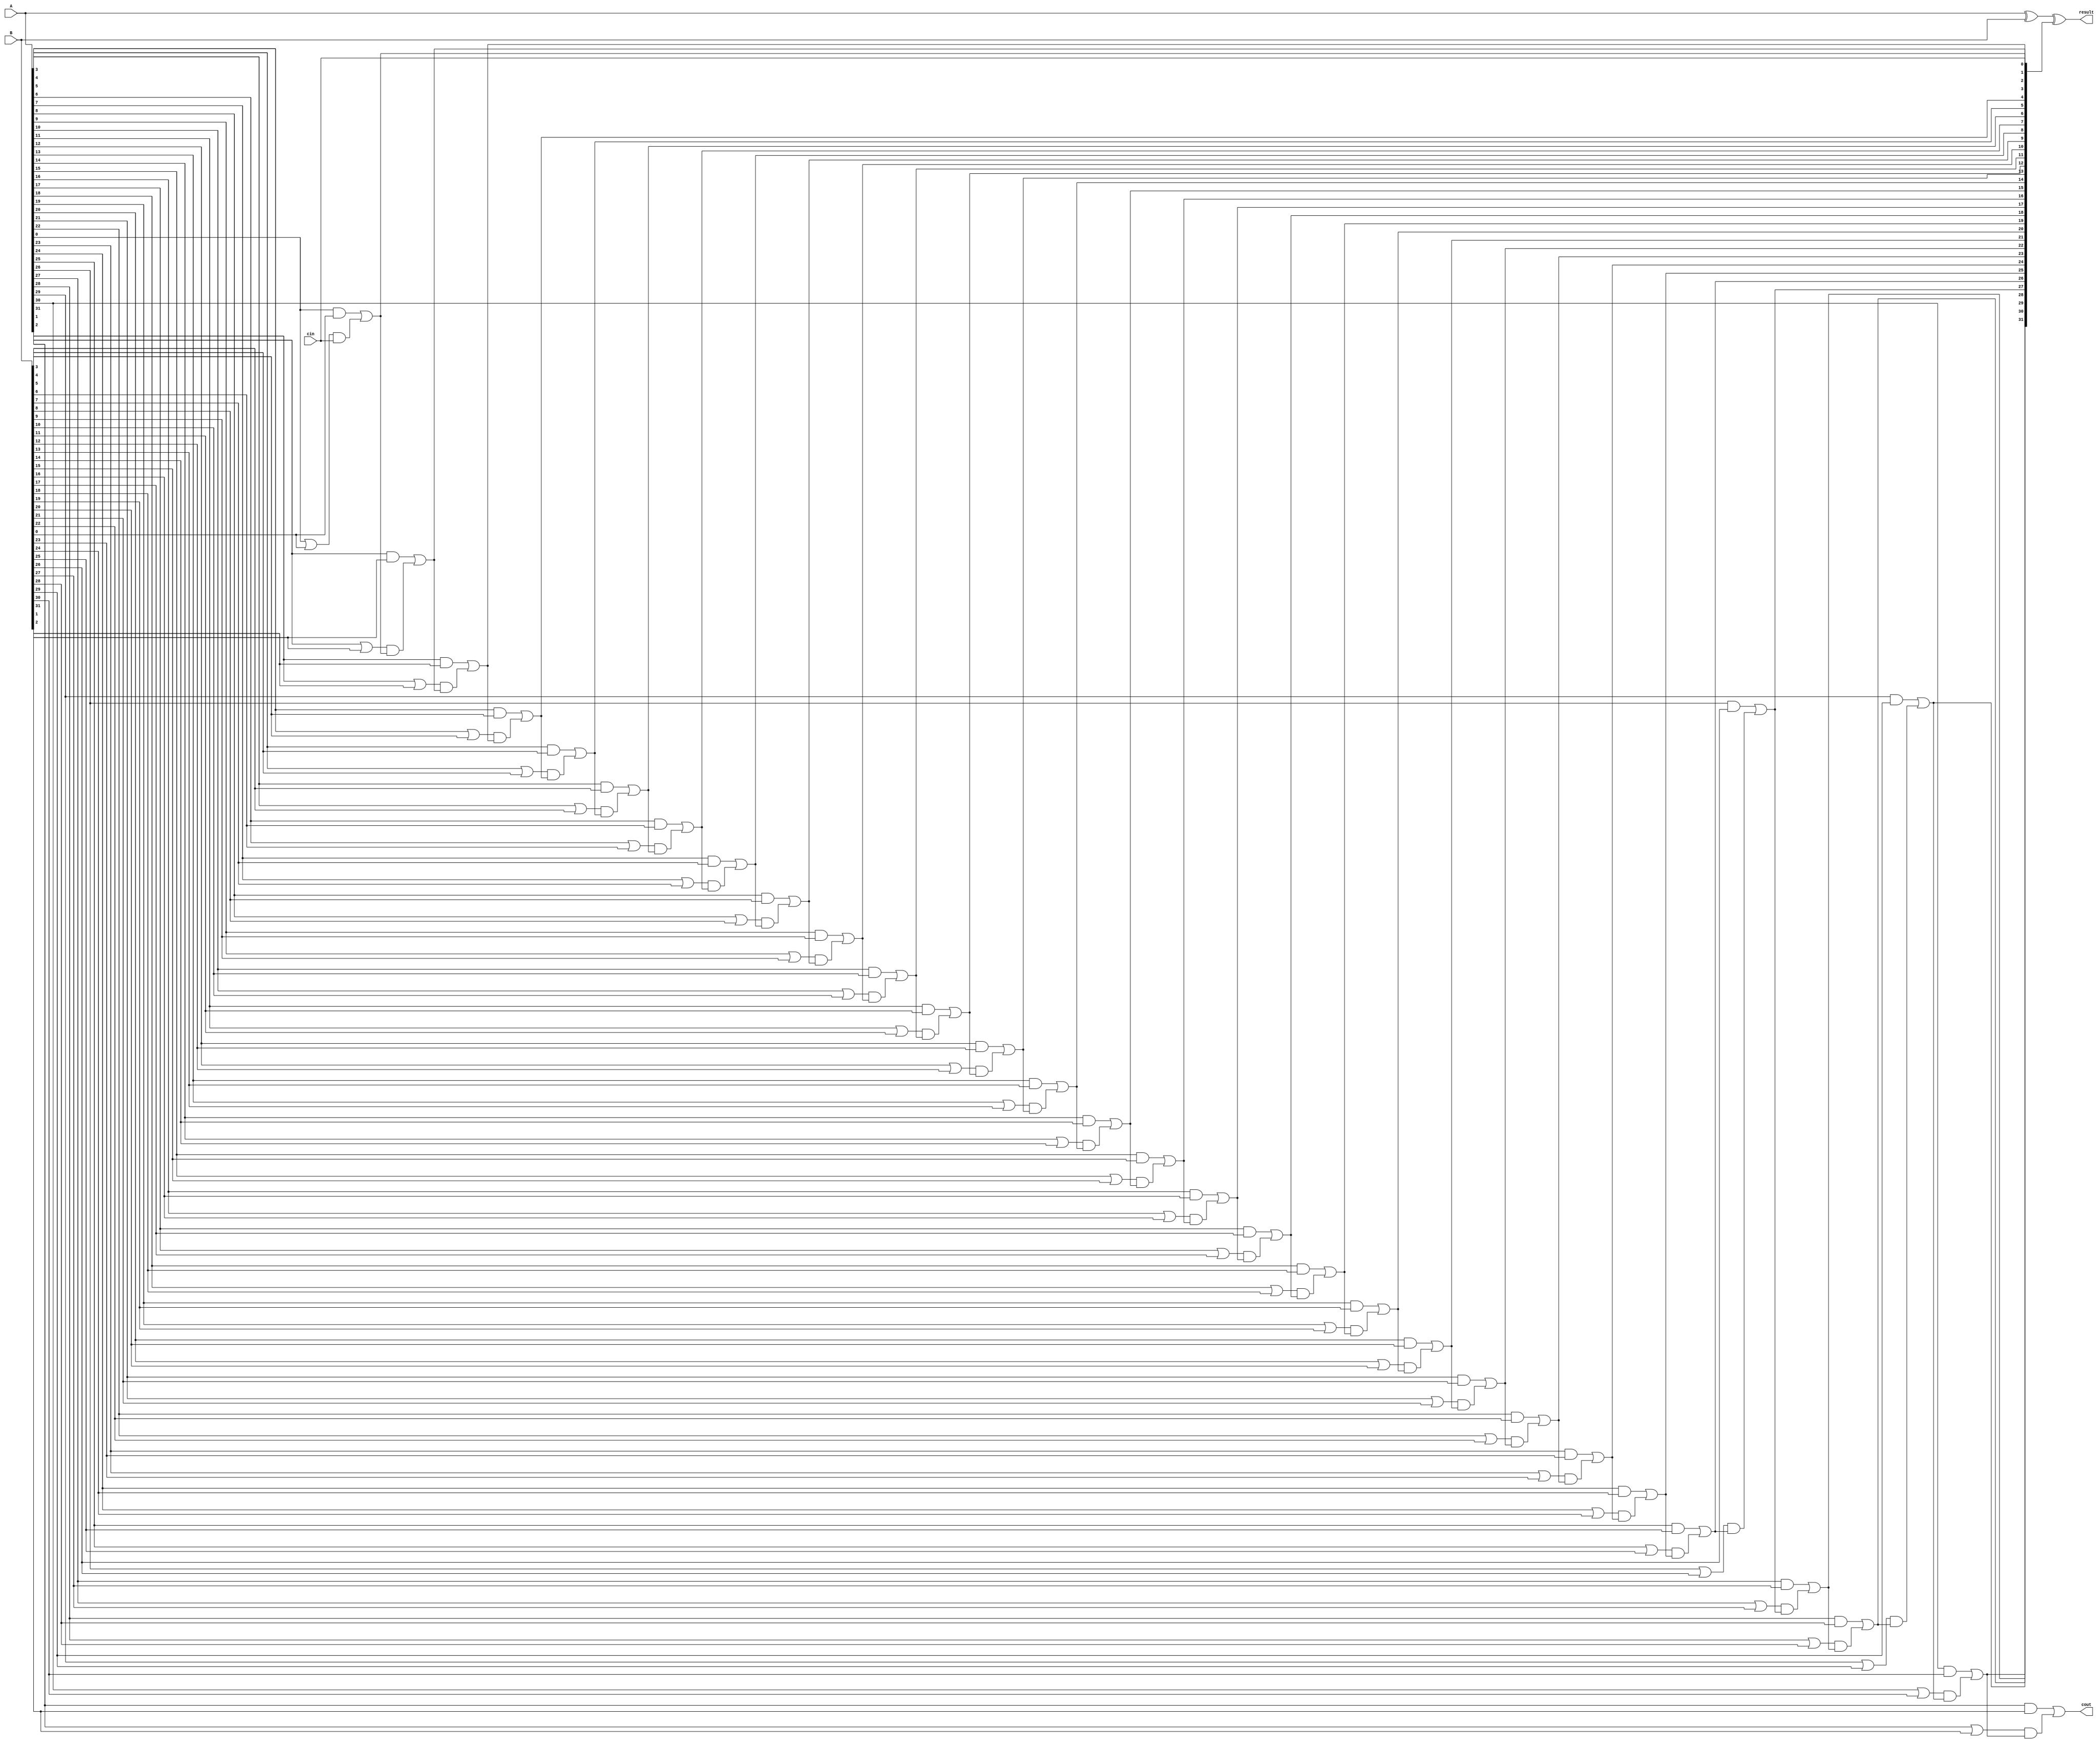
module cla_adder32(
    input [31:0] A, 
    input [31:0] B,
    input cin,
    output [31:0] result,
    output cout
);
    wire [31:0] g; // 
    wire [31:0] p; // 
    wire [31:0] c; // 

    // 
    genvar i;
    generate
        for (i = 0; i < 32; i = i + 1) begin : gen_prop
            assign g[i] = A[i] & B[i];
            assign p[i] = A[i] | B[i];
        end
    endgenerate

    // 
    assign c[0] = cin;
    generate
        for (i = 1; i < 32; i = i + 1) begin : carry_lookahead
            assign c[i] = g[i-1] | (p[i-1] & c[i-1]);
        end
    endgenerate
    assign cout = g[31] | (p[31] & c[31]);

    // 
    assign result = A ^ B ^ c;

endmodule